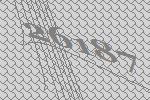
26187